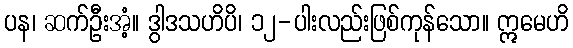
ပန၊ ဆက်ဦးအံ့။ ဒွါဒသဟိပိ၊ ၁၂-ပါးလည်းဖြစ်ကုန်သော။ ဣမေဟိ